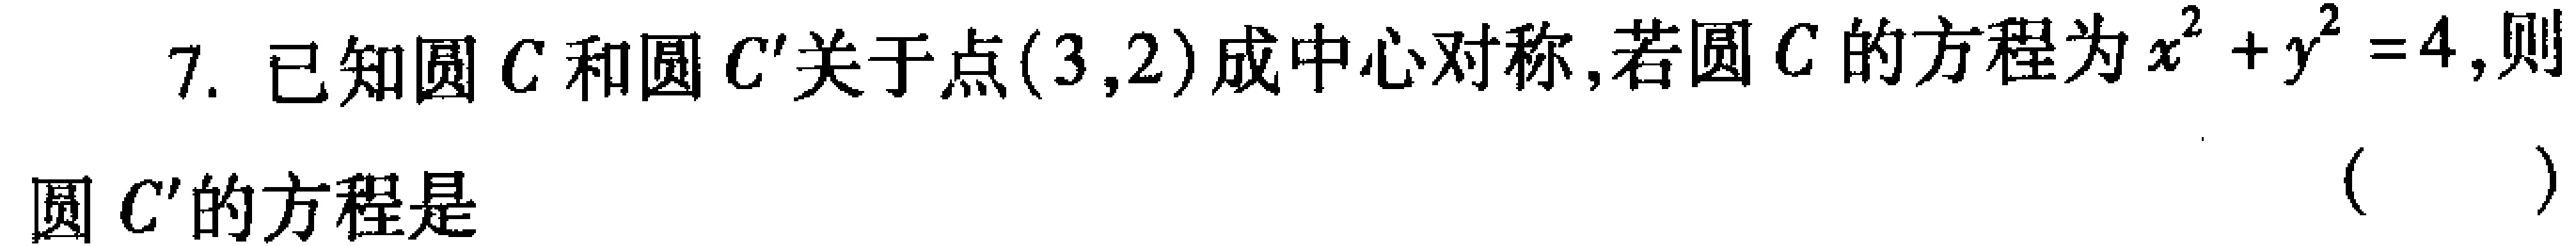
7. 已知圆\(C\)和圆\(C'\)关于点\((3,2)\)成中心对称，若圆\(C\)的方程为\(x^{2}+y^{2}=4\)，则
圆\(C'\)的方程是 （  ）